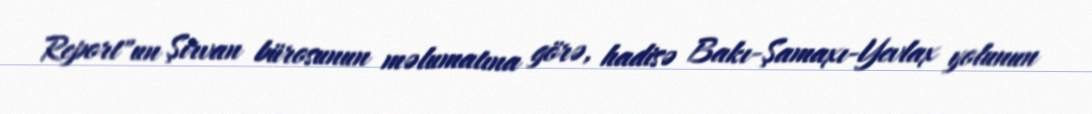
Report"un Şirvan bürosunun məlumatına görə, hadisə Bakı-Şamaxı-Yevlax yolunun